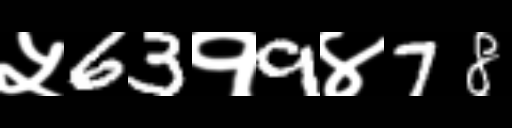
Text: ५63१9४78